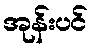
အုန်းပင်